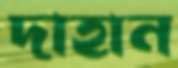
দাহান